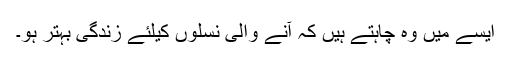
ایسے میں وہ چاہتے ہیں کہ آنے والی نسلوں کیلئے زندگی بہتر ہو۔